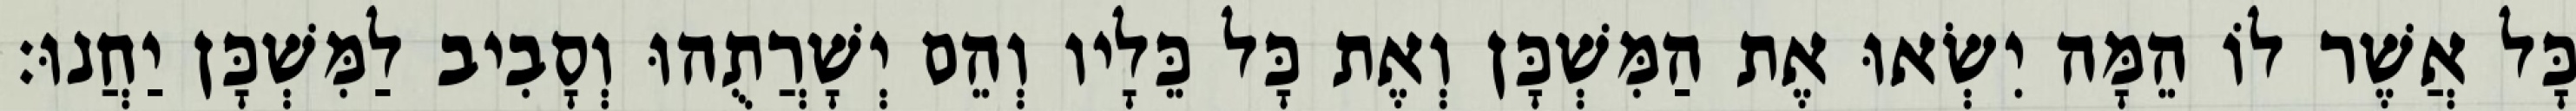
כָּל אֲשֶׁר לוֹ הֵמָּה יִשְׂאוּ אֶת הַמִּשְׁכָּן וְאֶת כָּל כֵּלָיו וְהֵם יְשָׁרֲתֻהוּ וְסָבִיב לַמִּשְׁכָּן יַחֲנוּ׃